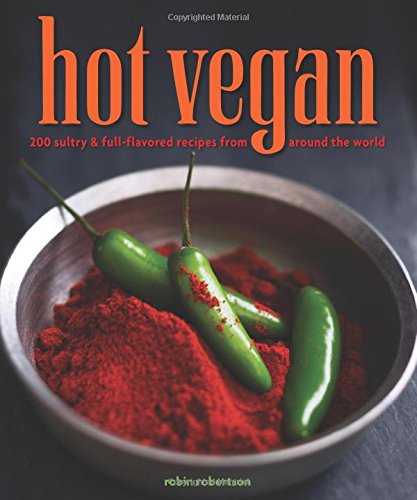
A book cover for Hot Vegan: 200 Sultry & Full-Flavored Recipes from Around the World; Robin Robertson; Cookbooks, Food & Wine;